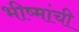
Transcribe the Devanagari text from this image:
भीष्मांची